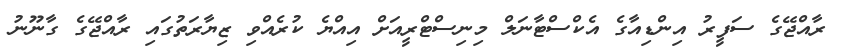
ރާއްޖޭގެ ސަފީރު އިންޑިއާގެ އެކްސްޓާނަލް މިނިސްޓްރީއަށް އިއްޔެ ކުރެއްވި ޒިޔާރަތުގައި ރާއްޖޭގެ ގާނޫނު